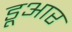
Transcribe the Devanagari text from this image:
डूआर